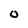
Character: O